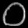
Digit: ၀